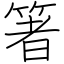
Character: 箸